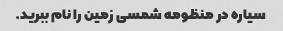
سیاره در منظومه شمسی زمین را نام ببرید.